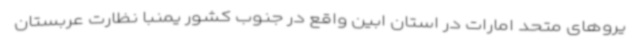
یروهای متحد امارات در استان ابین واقع در جنوب کشور یمنبا نظارت عربستان